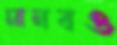
মানবও